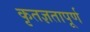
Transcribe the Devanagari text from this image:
कृतज्ञतापूर्ण